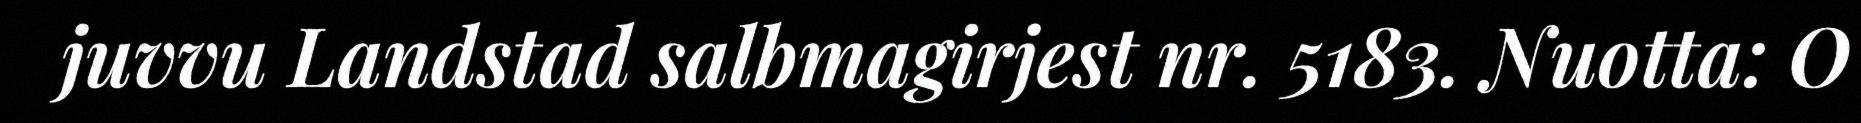
juvvu Landstad salbmagirjest nr. 5183. Nuotta: O